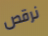
نرقص